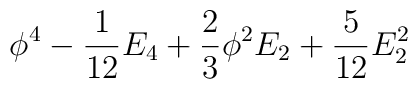
\phi^4  - {1\over12}E_4          + {2\over3}\phi^2 E_2 + {5\over12}E_2^2